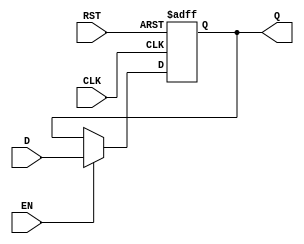
module stage_register #(
    parameter WIDTH = 8  // Parameter for the width of the register (default is 8 bits)
)(
    input  wire [WIDTH-1:0] D,   // Data input
    input  wire CLK,               // Clock input
    input  wire RST,               // Asynchronous reset input
    input  wire EN,                // Enable input
    output reg  [WIDTH-1:0] Q      // Data output
);

    // Sequential logic for the stage register
    always @(posedge CLK or posedge RST) begin
        if (RST) begin
            Q <= {WIDTH{1'b0}};      // Clear the register to zero on reset
        end else if (EN) begin
            Q <= D;                  // Capture the input data on clock edge if enabled
        end
        // If EN is not asserted, Q retains its previous value
    end

endmodule